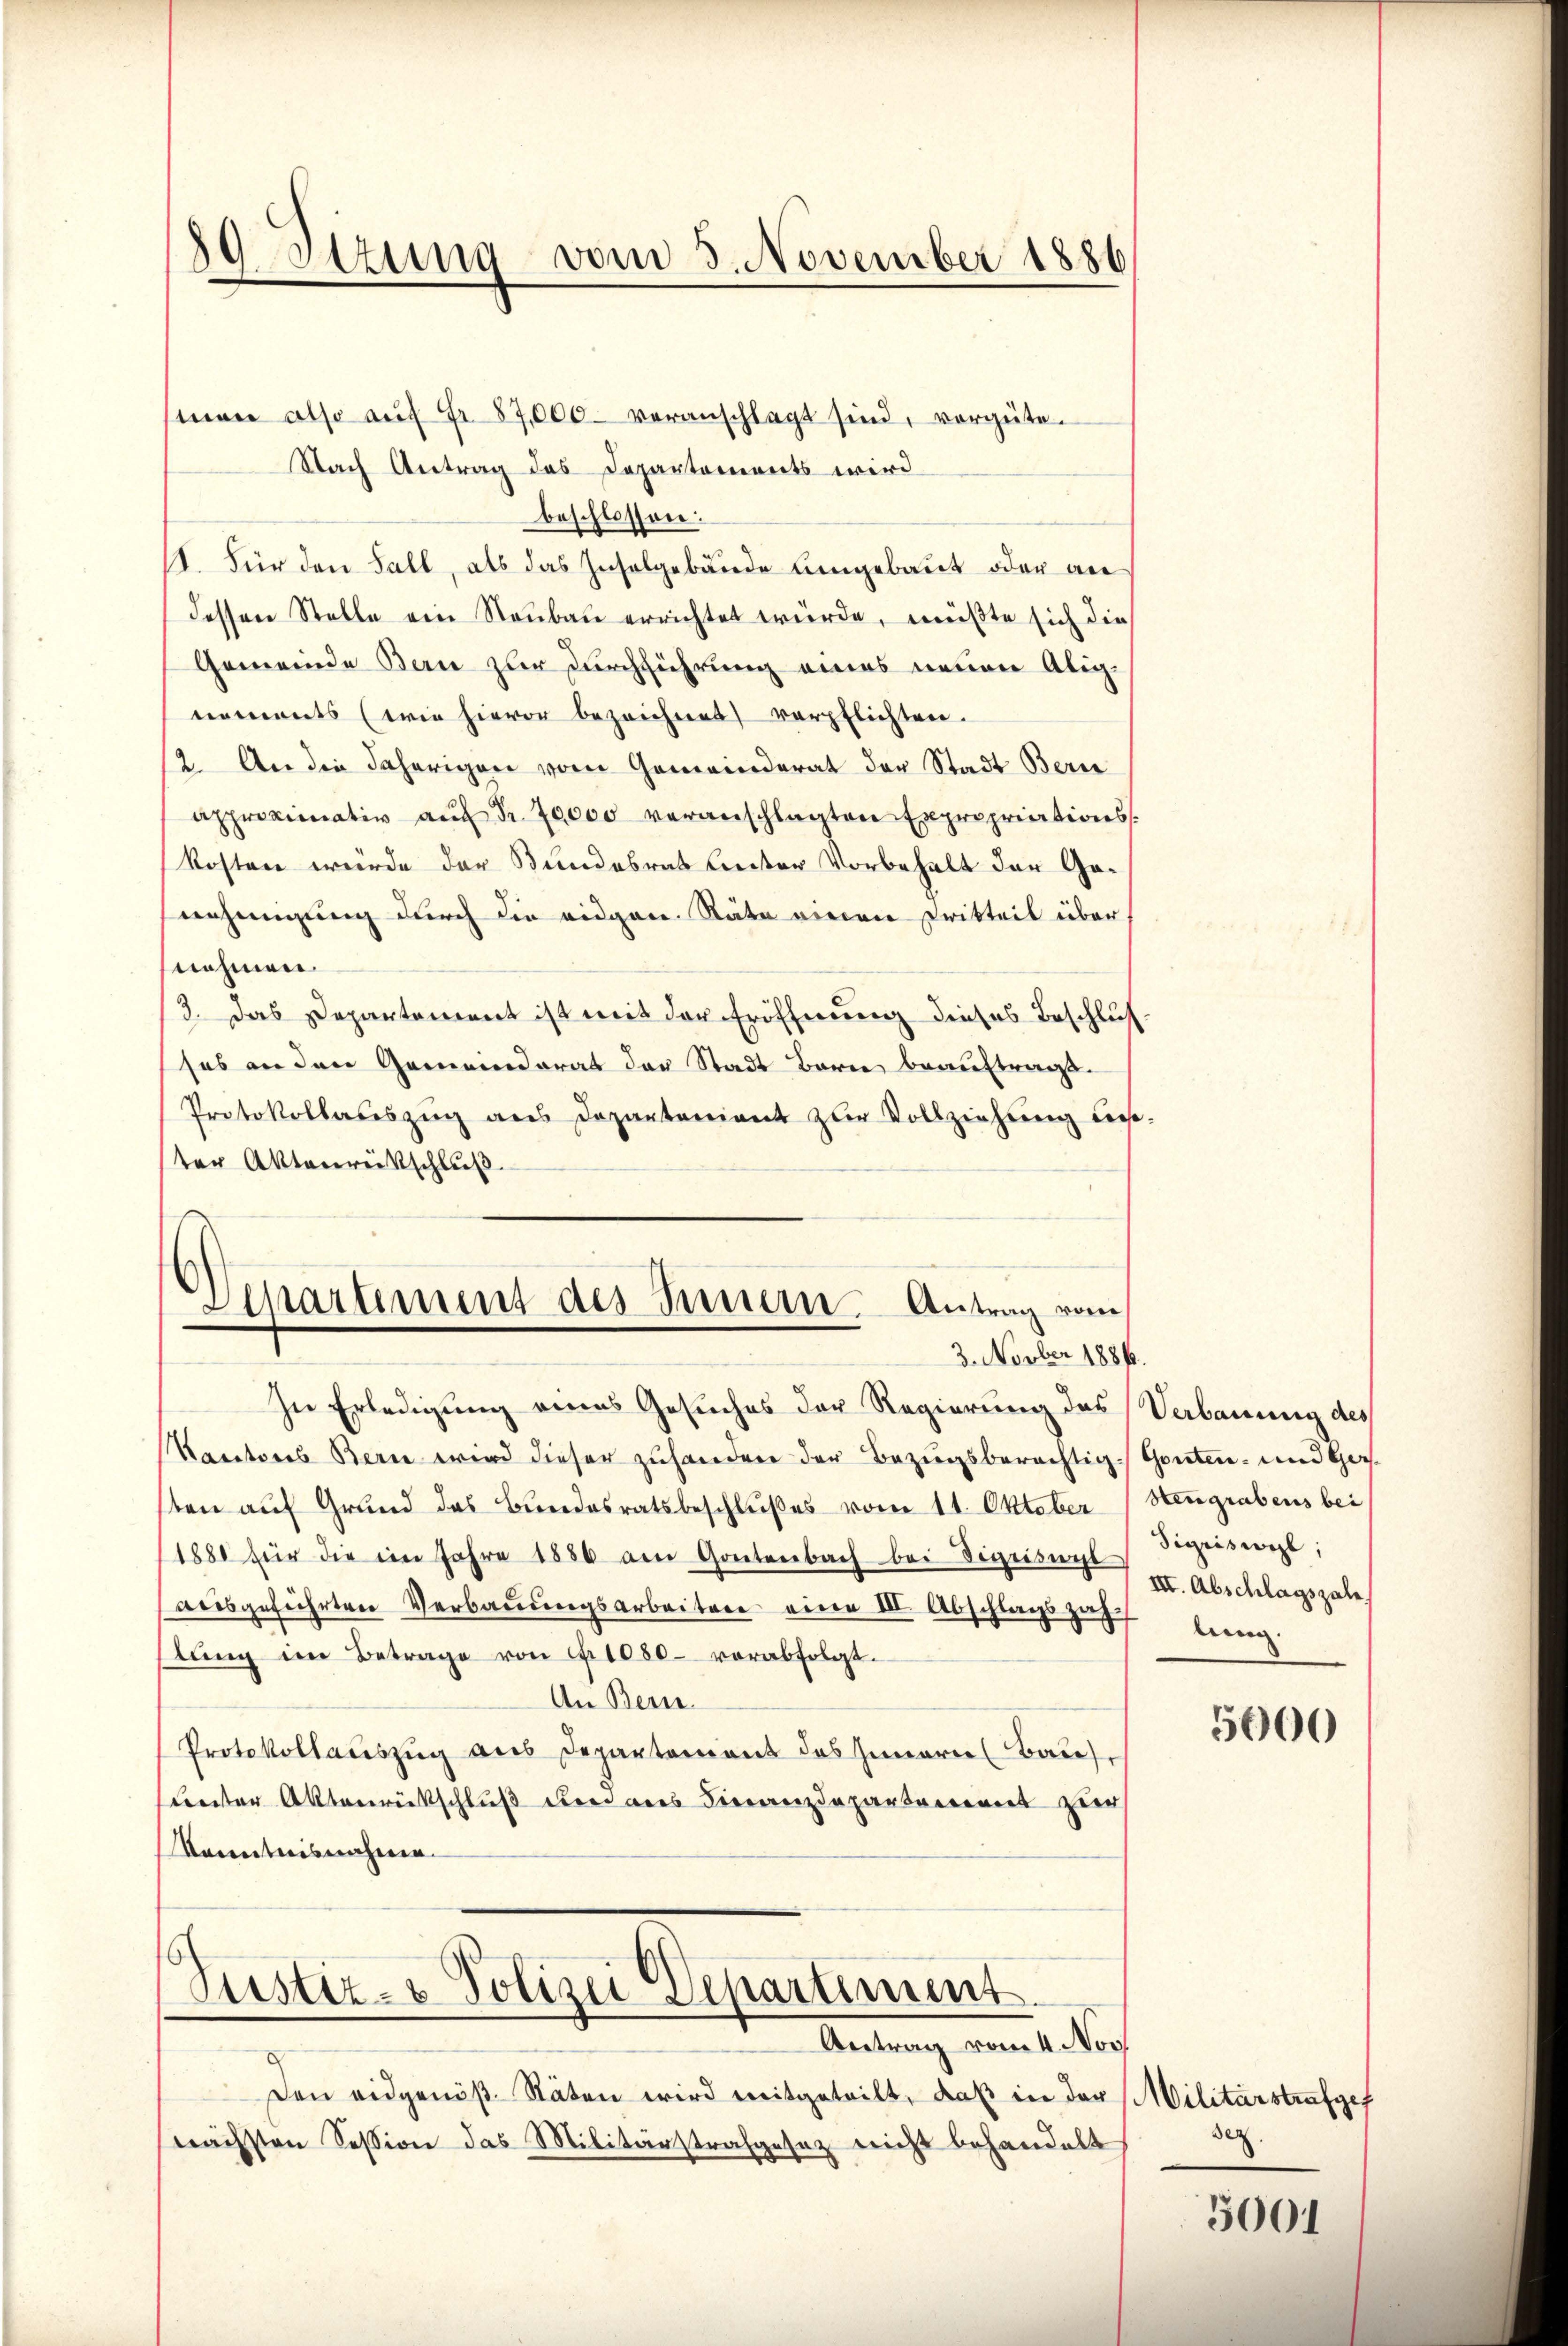
80 Stzung vom 3. November 1886

man also aŭf Fr. 87,000 veranschlagt sind, vergüte.
Nach Antrag des Departements wird
beschlossen:
II. Für den Fall, als das Inselgebäude Umgebaut oder an
dessen Stelle ein Neubau errichtet würde, müßte sich die
Gemeinde Bau zur Durchführung eines neuen Alignements (wie hievor bezeichnet verpflichten.
12. An die daherigen vom Gemeinderat der Stadt Bern
Approximativ auf Fr. 20000 veranschlagten Expropriationskosten würde der Bundesrat leiter Vorbehalt der Genehmigung durch die eidgen. Räte einen Dritteil über
nehmen.
3. Das Departement ist mit der Eröffnung dieses Beschlusses an den Gemeinderat der Stadt Bern beauftragt.
Protokollateszug aus Departoniant zur Vollziehung des-
ter Aktenreisschluß

Departement des Innern. Antrag vom
3. Novber 1886.

In Erledigung eines Gesuches der Regierung des Verbauung des
Kantons Bern wird dieser zuhandere der Bezugsberechtig-Gonten- und Gesten auf Grund das Bundesratsbeschlußes vom 11. Oktober
1888 für die im Jahre 1886 am Gantenbach bei Segesucht
ansgeführten Verbaŭŭngsarbeitere eine III. Abschlagszah
lang im Betrage von Nr. 1050 vorabfolgt.
An Bern.
Protokollauszug aus Departement des Innern (Bau,
unter Aktenrückschluß etwa aus Finanzdepartement zur
Kenntnisnahmen.

Justiz- & Polizei Departiment.
Antrag vom 4. Nov

Den eidgenöß- Stäten wird mitgeteilt, daß in der
nächsten Session das Militärstrafgesetz nicht behandelt

Stengrabens bei
Sigriswyl,
III. Abschlagszale
lung.

5000

Militärstrafgef
sez

3001